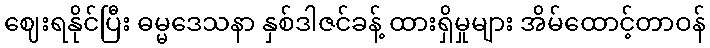
ဈေးရနိုင်ပြီး ဓမ္မဒေသနာ နှစ်ဒါဇင်ခန့် ထားရှိမှုများ အိမ်ထောင့်တာဝန်